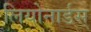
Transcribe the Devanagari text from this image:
लियोनार्डस्